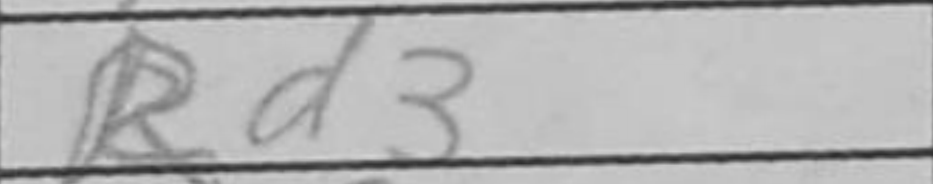
Transcription: Rd3